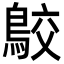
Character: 𪁉